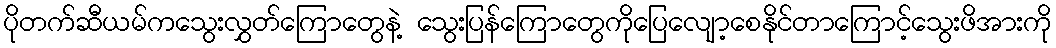
ပိုတက်ဆီယမ်ကသွေးလွှတ်ကြောတွေနဲ့ သွေးပြန်ကြောတွေကိုပြေလျော့စေနိုင်တာကြောင့်သွေးဖိအားကို